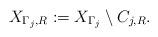
LaTeX: \begin{align*}X_{\Gamma_j, R} : = X_{\Gamma_j} \setminus C_{j , R}. \end{align*}